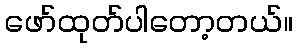
ဖော်ထုတ်ပါတော့တယ်။